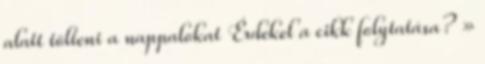
alatt tölteni a nappalokat Érdekel a cikk folytatása? »